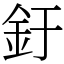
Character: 釪